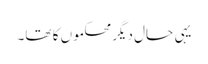
یہی حال دیگر محکموں کا تھا۔